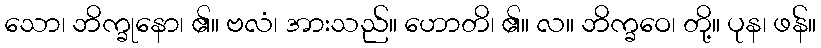
သော၊ ဘိက္ခုနော၊ ၏။ ဗလံ၊ အားသည်။ ဟောတိ၊ ၏။ လ။ ဘိက္ခဝေ၊ တို့။ ပုန၊ ဖန်။